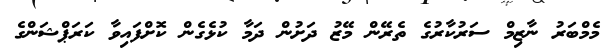
މެމްބަރު ނާޒިމް ސަރުކާރުގެ ތެރޭން މޭޒު ދަށުން ދަމާ ކުޅެގެން ކޮށްފައިވާ ކަރަޕްޝަންގެ